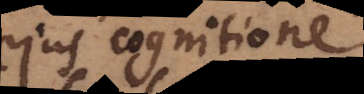
ejus cognitione